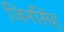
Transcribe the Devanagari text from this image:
जिनसिंह